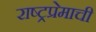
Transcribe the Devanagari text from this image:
राष्ट्रप्रेमाची